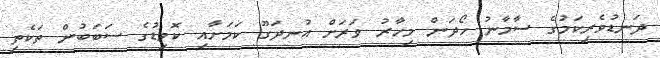
ދަނޑުވެރިކަމުގެ ސާމާނު ހޯދަން މިހާރު ވަރަށް އުނދަގޫ ކަމަށާއި ކޮވިޑުގެ ސަބަބުން ތަކެތި